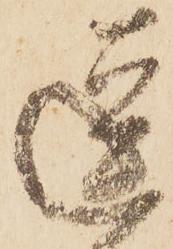
逗